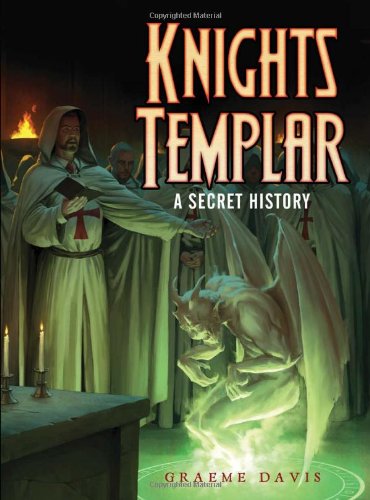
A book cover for Knights Templar: A Secret History (Dark); Graeme Davis; Christian Books & Bibles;